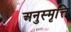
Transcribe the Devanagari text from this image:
अनुस्मृत्ति